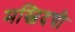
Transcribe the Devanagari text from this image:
मस्जिदची